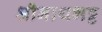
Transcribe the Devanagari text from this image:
श्रीनाथभट्ट